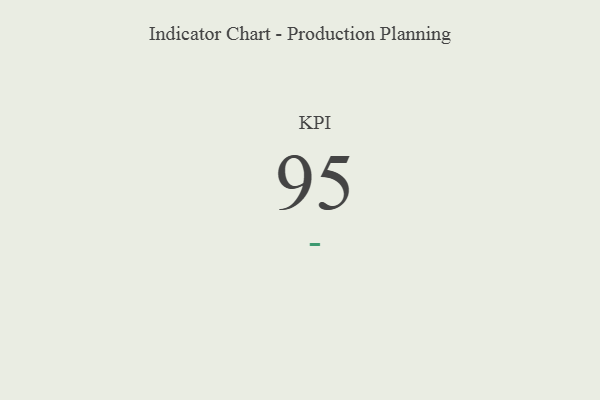
{"axis": {"x": "KPI", "y": "Value"}, "legend": [""], "data": [{"x": "KPI", "y": 95, "type": ""}]}